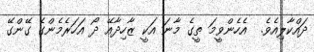
ދައްކާލިއެވެ.  އެހެންވީމަ ތީގެ މާނަ އަކީ ޒާހިދާއޭ ދޯ އަހަރެމެންގެ ގޭންގޭ